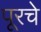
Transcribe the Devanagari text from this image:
पूरचे